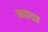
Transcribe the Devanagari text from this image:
आवयव